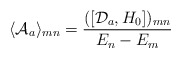
\begin{align*}\langle {\cal A}_a\rangle_{mn}={([{\cal D}_a,H_0])_{mn}\over E_n-E_m}\end{align*}